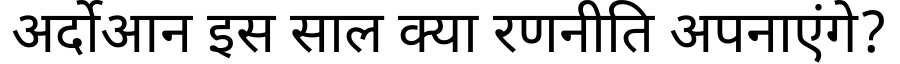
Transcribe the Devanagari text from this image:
अर्दोआन इस साल क्या रणनीति अपनाएंगे?